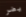
يضر